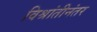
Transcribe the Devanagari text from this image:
विश्रांतीनंतर